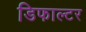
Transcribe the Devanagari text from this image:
डिफाल्टर